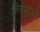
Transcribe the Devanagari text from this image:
नियमाशी